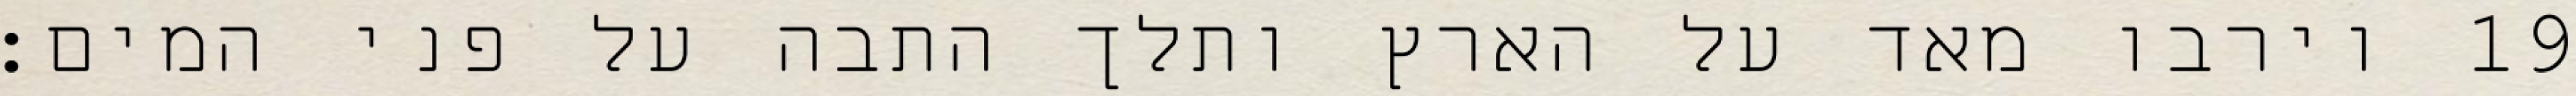
וירבו מאד על הארץ ותלך התבה על פני המים׃ ‎19‏